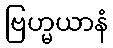
ဗြဟ္မယာနံ